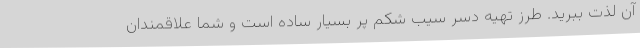
آن لذت ببرید. طرز تهیه دسر سیب شکم پر بسیار ساده است و شما علاقمندان